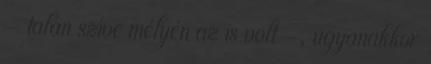
– talán szíve mélyén az is volt -, ugyanakkor